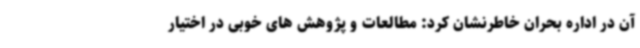
آن در اداره بحران خاطرنشان کرد: مطالعات و پژوهش های خوبی در اختیار